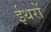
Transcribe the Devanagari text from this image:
ईथरों